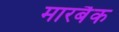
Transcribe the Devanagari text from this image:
मारबैक